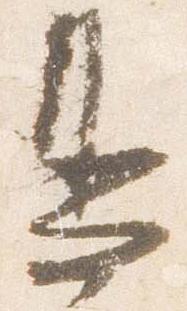
鳥